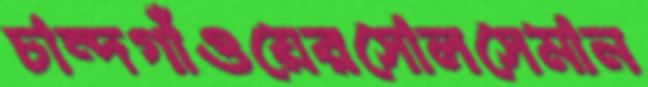
চান্দগাঁওয়েরসোলসেমান